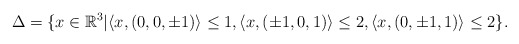
\begin{align*} \Delta = \{x\in\mathbb{R}^3|&\langle x,(0,0,\pm1)\rangle\leq1,\langle x,(\pm1,0,1)\rangle\leq2,\langle x,(0,\pm1,1)\rangle\leq2\}.\end{align*}